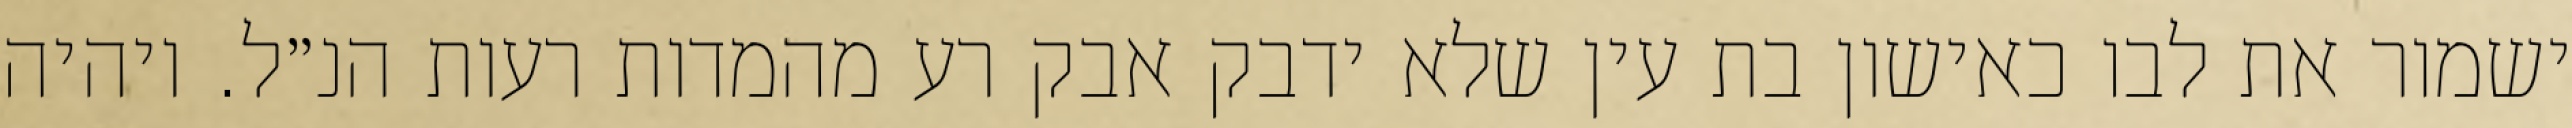
ישמור את לבו כאישון בת עין שלא ידבק אבק רע מהמדות רעות הנ״ל. ויהיה